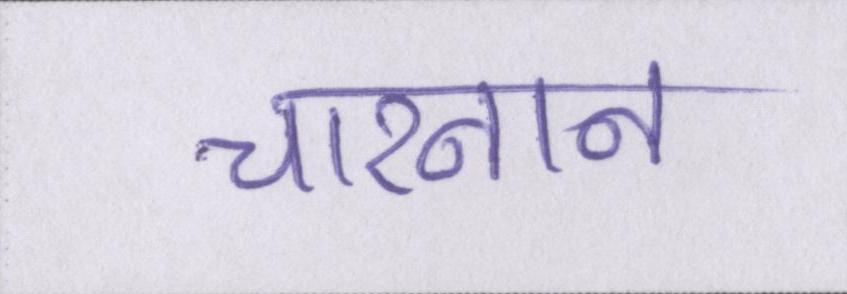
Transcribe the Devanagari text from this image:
चारनान